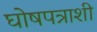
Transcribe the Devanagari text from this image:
घोषपत्राशी